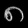
Digit: ၈